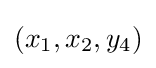
(x_{1},x_{2},y_{4})